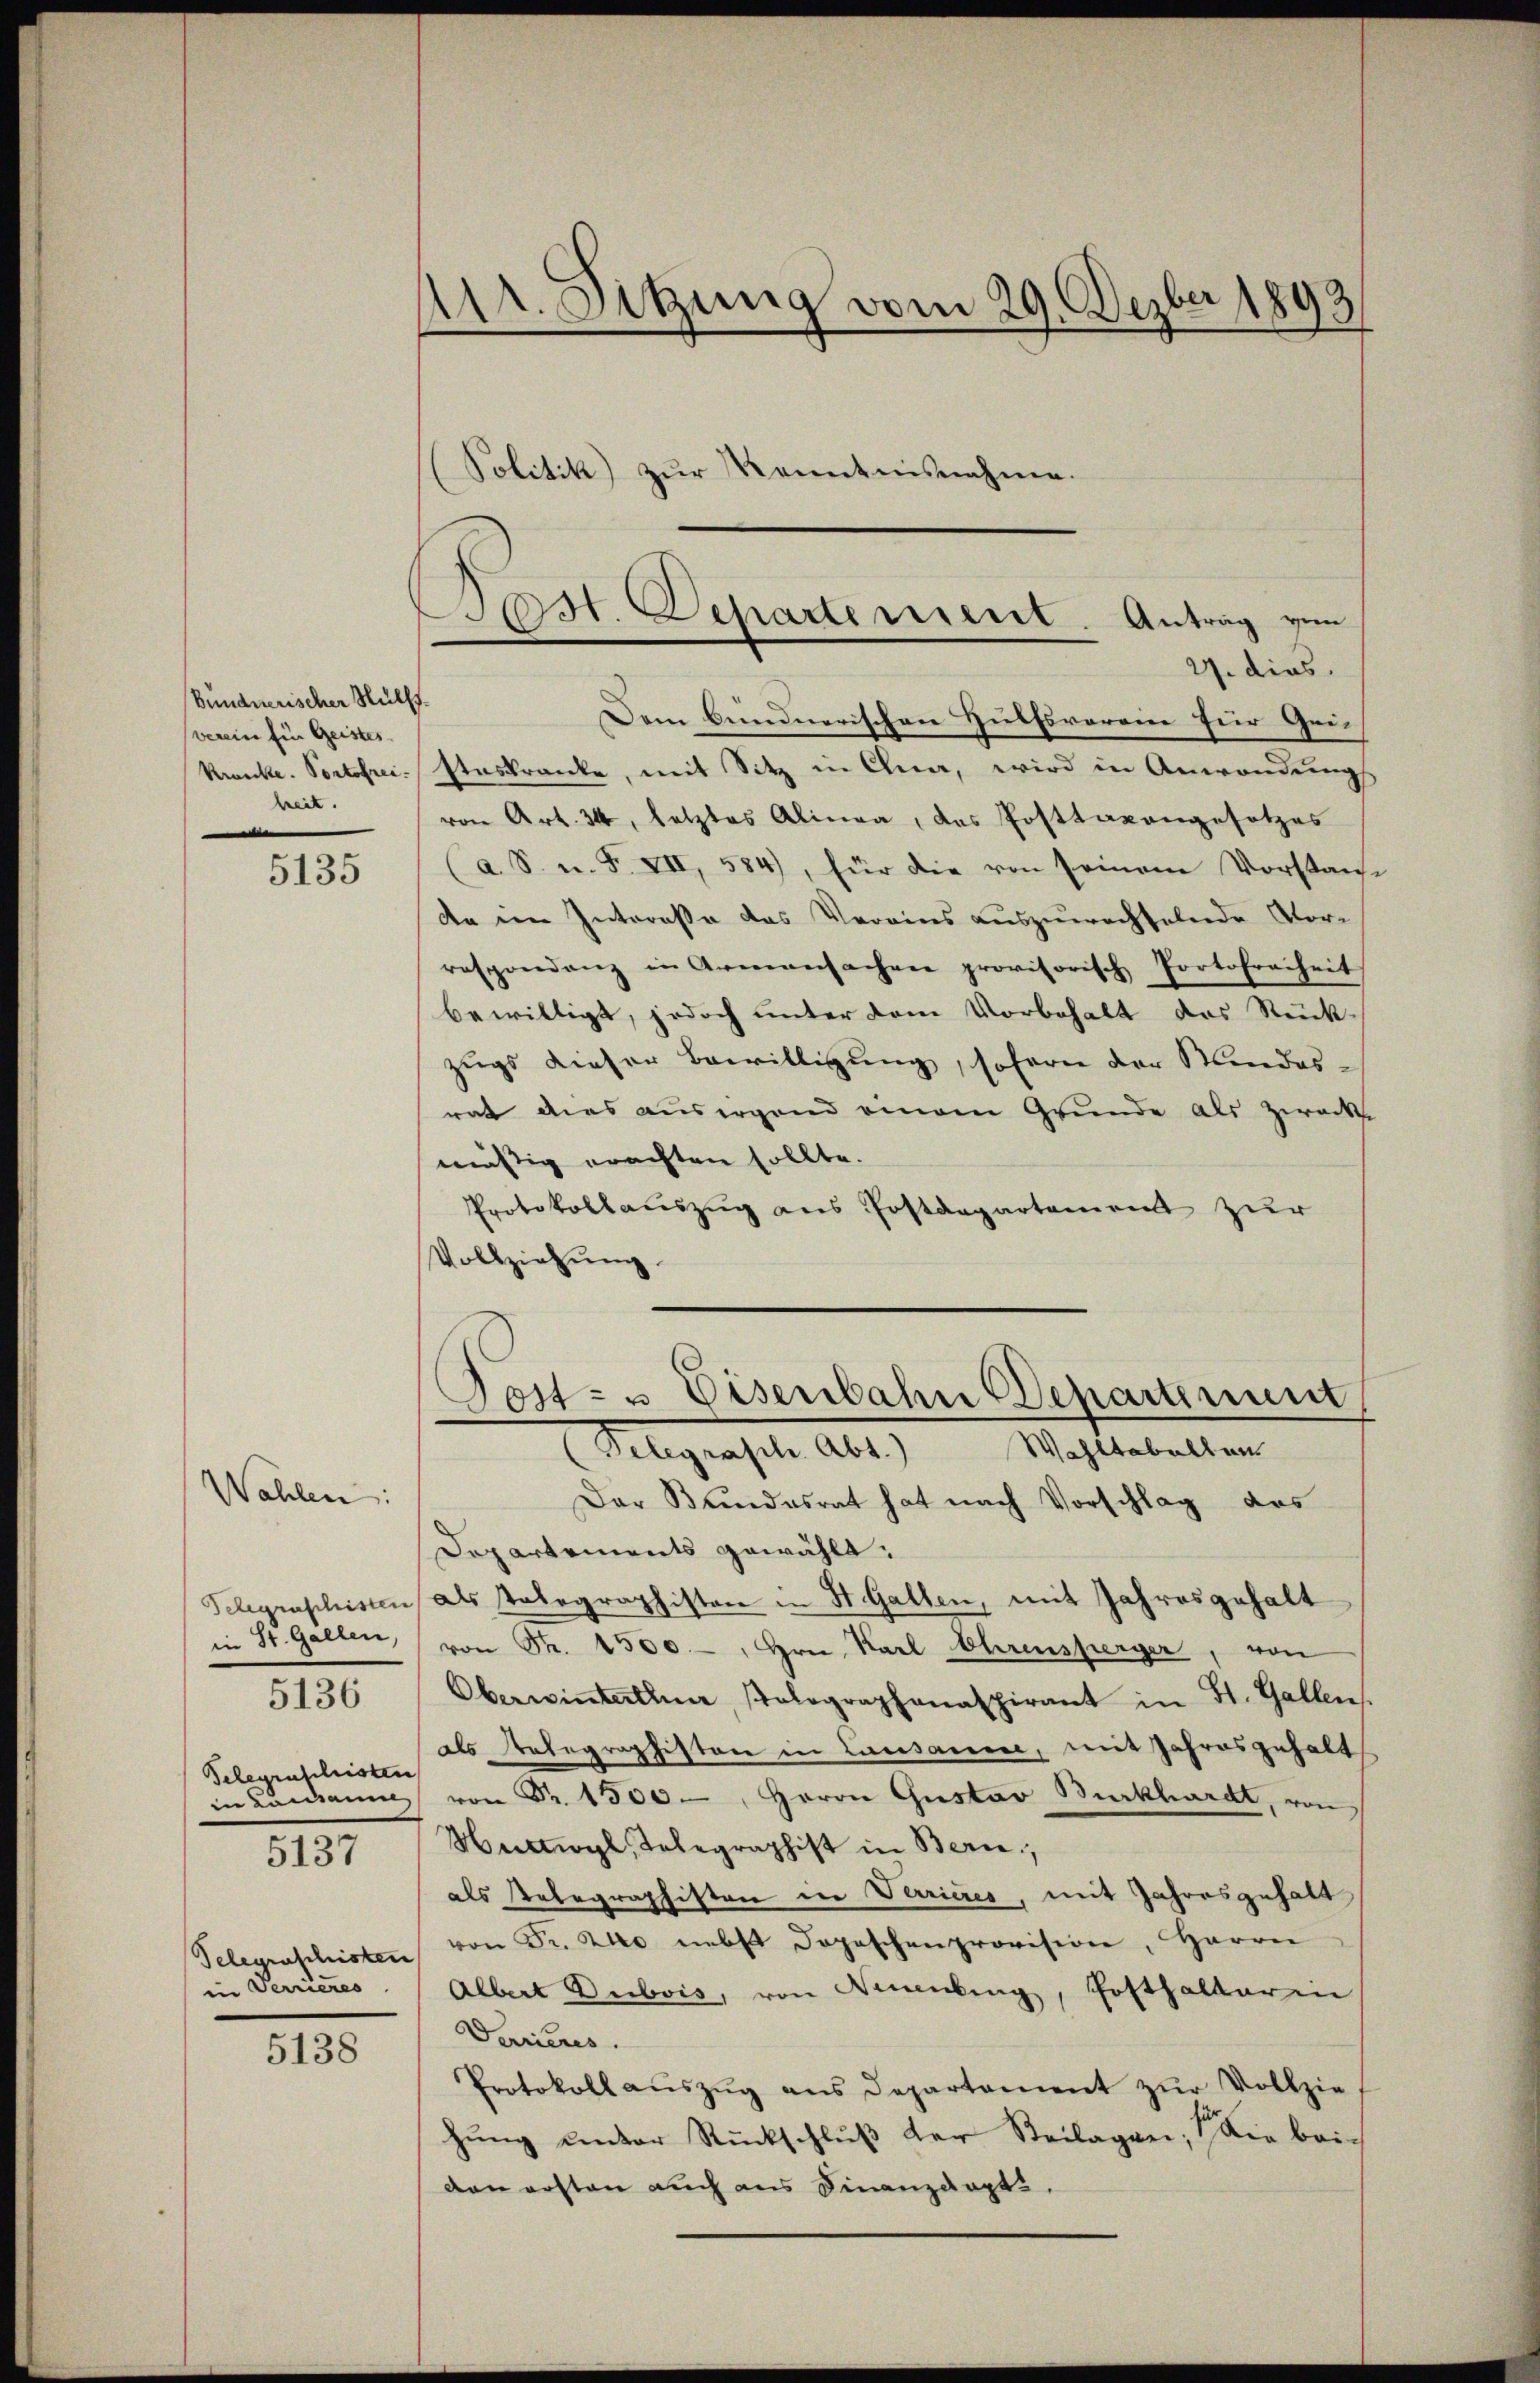
Bündnerischer Hülfsverein für Geistes
heit.

5135

Wahlen:
in St. Gallen,
5136
Belegenschristen
in Lausanne

5137

in Terrieres

5138

Dr. Sitzung vom 29. Dezber 1893
.
Politik) zŭr Kenntnisnahme.

Dem bundnerischen Hülfsverein für Gei¬
Kranke. Portofrei-Etaskranke, mit Sitz in Ana, wird in Anwendung
von Art. 34, letztes Alinea, das Posttaxangesetzes
(a. S. u. F. VII, 584), für die von seinem Vorstanse
de im Intereße das Vereins auszuwachselnde Vorrespondenz in Armensachen provisorisch Portofreiheit
bewilligt, jedoch unter dem Vorbehalt das Rück-
zugs dieser Bewilligung, sofern der Kindesrat dies ausergend einem Grunde als Zweck
mässig erachten sollte.
Protokollauszug aus Postdepartement zur
Vollziehŭng.

Post. Departement. Antrag von
27. dies

Post- u Eisenbahn Departement
(Gelegrasch. Abt.) Wahltabellen

Der Bundesrat hat nach Vorschlag des
Departements gewählt:
Telegraphisten als Tabegraphistor in St. Gallen, mit Jahresgehalt
von Fr. 1500.-, Hrn. Karl Ehrensperger, von
Oberwinterline, Polographanaspirant in St. Gallen.
als Telegraphiston in Lausanne, mit Jahresgehalt
. 1500. Herrn Gustav Burkhardt, von
Huttwyl, Telegraphist in Bern,
als Telegraphisten in Verrieres, mit Jahresgehalt
Telegraschristen von Fr. 20 nebst dopeschenprovision, Herrn
Albert Dubois, von Sinnburg, Posthalterin
Varicus.
Protokoll aŭszŭg ans Departement zŭr Vollziehŭng ŭnter Rückschlŭβ der Steilagen, die bei-
den ersten auch aus Finanzdapt